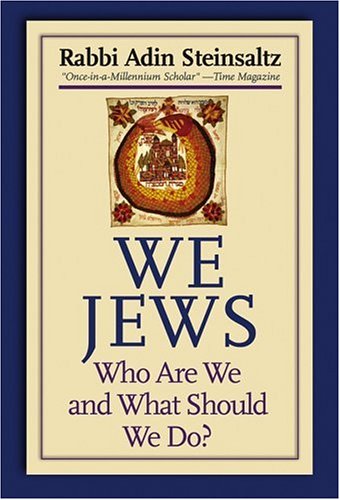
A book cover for We Jews: Who Are We and What Should We Do; Rabbi Adin Steinsaltz; Religion & Spirituality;